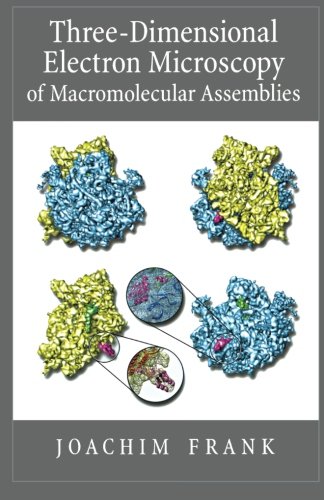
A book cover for Three-Dimensional Electron Microscopy of Macromolecular Assemblies: Visualization of Biological Molecules in Their Native State; Joachim Frank; Science & Math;